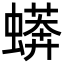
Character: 蠎